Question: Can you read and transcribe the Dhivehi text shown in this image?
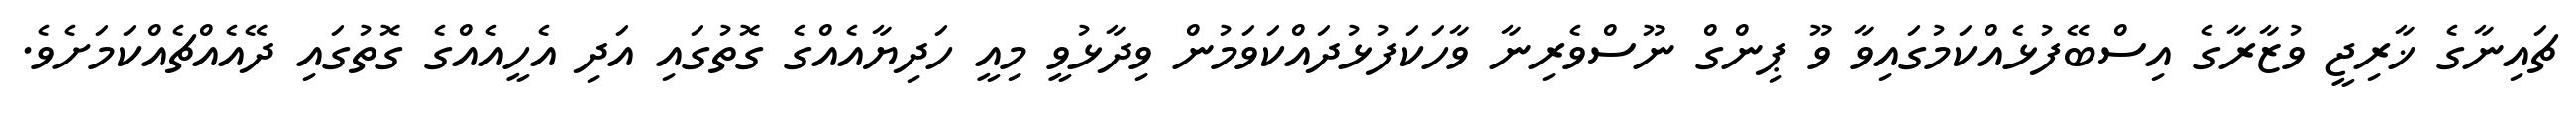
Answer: ޗައިނާގެ ޚާރިޖީ ވުޒާރާގެ އިސްބޭފުޅެއްކަމުގައިވާ ވޫ ޕިންގް ނޫސްވެރިނާ ވާހަކަފުޅުދައްކަވަމުން ވިދާޅުވީ މިއީ ހަދިޔާއެއްގެ ގޮތުގައި އަދި އެހީއެއްގެ ގޮތުގައި ދޭއެއްޗެއްކަމަށެވެ.